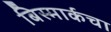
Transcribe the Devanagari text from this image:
बिस्मार्कचा